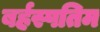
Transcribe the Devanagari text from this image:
बर्हस्पतिम